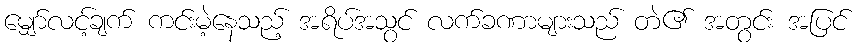
မျှော်လင့်ချက် ကင်းမဲ့နေသည့် အရိပ်အသွင် လက်ခဏာများသည် တဲ၏ အတွင်း အပြင်